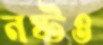
নষ্টও